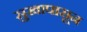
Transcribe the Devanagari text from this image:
सुखापासून